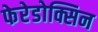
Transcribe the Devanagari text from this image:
फेरेडोक्सिन